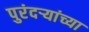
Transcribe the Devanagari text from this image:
पुरंदऱ्यांच्या